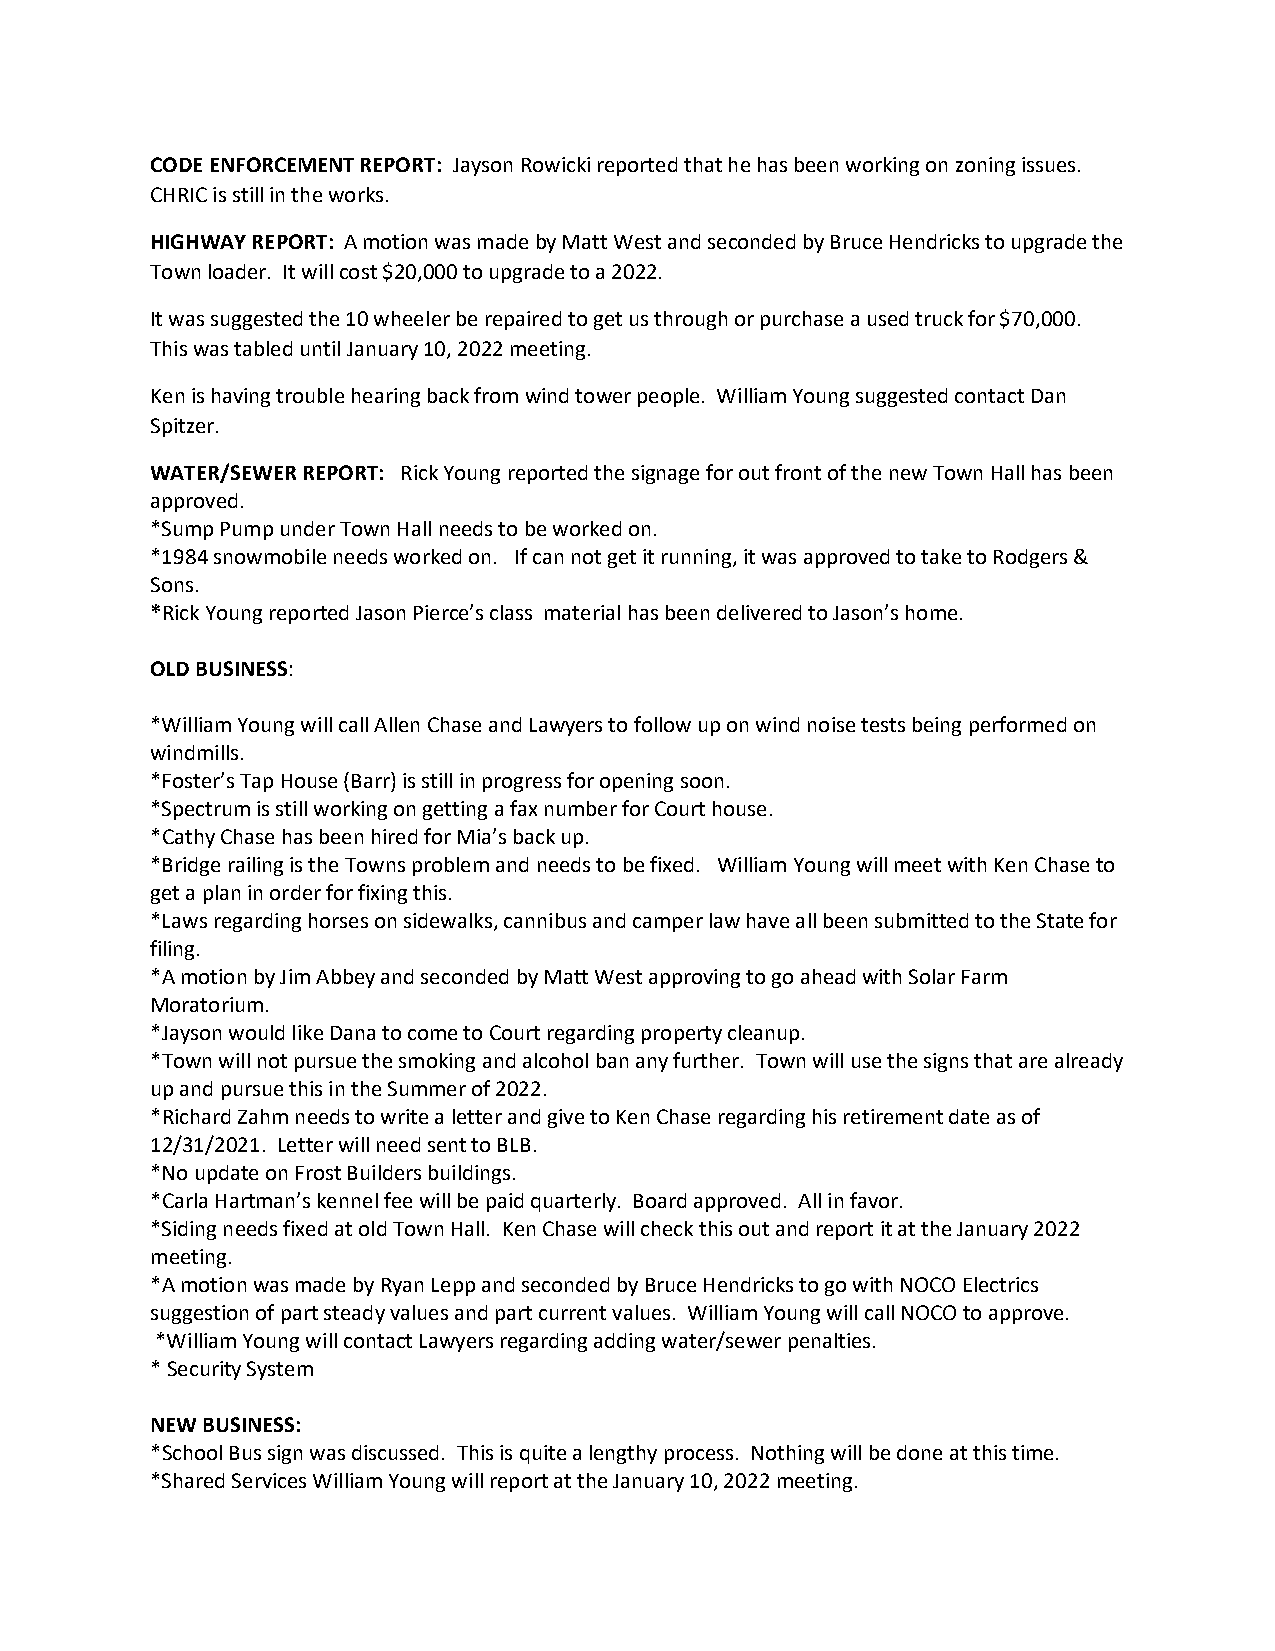
CODE ENFORCEMENT REPORT: Jayson Rowicki reported that he has been working on zoning issues.
 CHRIC is still in the works.
 HIGHWAY REPORT: A motion was made by Matt West and seconded by Bruce Hendricks to upgrade the
 Town loader. It will cost $20,000 to upgrade to a 2022.
 It was suggested the 10 wheeler be repaired to get us through or purchase a used truck for $70,000.
 This was tabled until January 10, 2022 meeting.
 Ken is having trouble hearing back from wind tower people. William Young suggested contact Dan
 Spitzer.
 WATER/SEWER REPORT: Rick Young reported the signage for out front of the new Town Hall has been
 approved.
 *Sump Pump under Town Hall needs to be worked on.
 *1984 snowmobile needs worked on. If can not get it running, it was approved to take to Rodgers &
 Sons.
 *Rick Young reported Jason Pierce’s class material has been delivered to Jason’s home.
 OLD BUSINESS:
 *William Young will call Allen Chase and Lawyers to follow up on wind noise tests being performed on
 windmills.
 *Foster’s Tap House (Barr) is still in progress for opening soon.
 *Spectrum is still working on getting a fax number for Court house.
 *Cathy Chase has been hired for Mia’s back up.
 *Bridge railing is the Towns problem and needs to be fixed. William Young will meet with Ken Chase to
 get a plan in order for fixing this.
 *Laws regarding horses on sidewalks, cannibus and camper law have all been submitted to the State for
 filing.
 *A motion by Jim Abbey and seconded by Matt West approving to go ahead with Solar Farm
 Moratorium.
 *Jayson would like Dana to come to Court regarding property cleanup.
 *Town will not pursue the smoking and alcohol ban any further. Town will use the signs that are already
 up and pursue this in the Summer of 2022.
 *Richard Zahm needs to write a letter and give to Ken Chase regarding his retirement date as of
 12/31/2021. Letter will need sent to BLB.
 *No update on Frost Builders buildings.
 *Carla Hartman’s kennel fee will be paid quarterly. Board approved. All in favor.
 *Siding needs fixed at old Town Hall. Ken Chase will check this out and report it at the January 2022
 meeting.
 *A motion was made by Ryan Lepp and seconded by Bruce Hendricks to go with NOCO Electrics
 suggestion of part steady values and part current values. William Young will call NOCO to approve.
 *William Young will contact Lawyers regarding adding water/sewer penalties.
 * Security System
 NEW BUSINESS:
 *School Bus sign was discussed. This is quite a lengthy process. Nothing will be done at this time.
 *Shared Services William Young will report at the January 10, 2022 meeting.